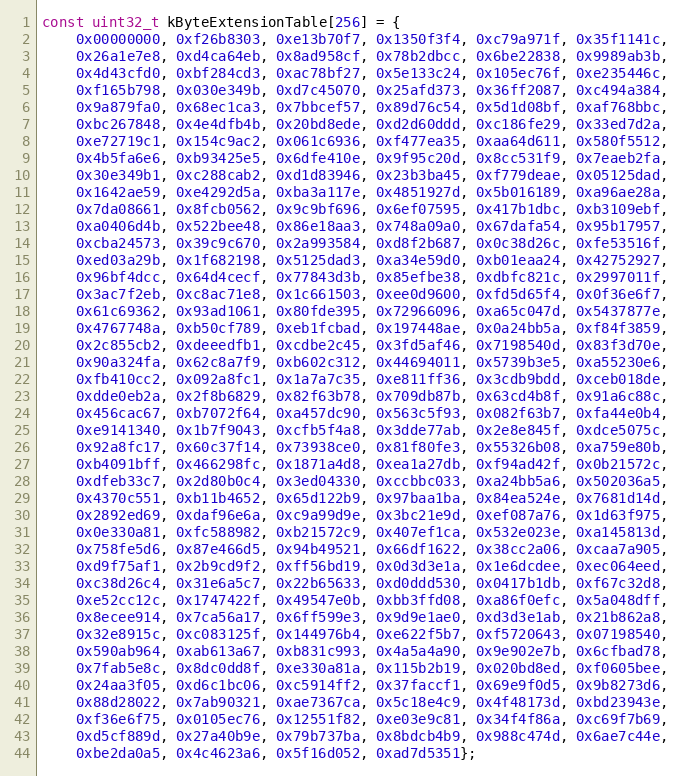
Language: C++
const uint32_t kByteExtensionTable[256] = {
    0x00000000, 0xf26b8303, 0xe13b70f7, 0x1350f3f4, 0xc79a971f, 0x35f1141c,
    0x26a1e7e8, 0xd4ca64eb, 0x8ad958cf, 0x78b2dbcc, 0x6be22838, 0x9989ab3b,
    0x4d43cfd0, 0xbf284cd3, 0xac78bf27, 0x5e133c24, 0x105ec76f, 0xe235446c,
    0xf165b798, 0x030e349b, 0xd7c45070, 0x25afd373, 0x36ff2087, 0xc494a384,
    0x9a879fa0, 0x68ec1ca3, 0x7bbcef57, 0x89d76c54, 0x5d1d08bf, 0xaf768bbc,
    0xbc267848, 0x4e4dfb4b, 0x20bd8ede, 0xd2d60ddd, 0xc186fe29, 0x33ed7d2a,
    0xe72719c1, 0x154c9ac2, 0x061c6936, 0xf477ea35, 0xaa64d611, 0x580f5512,
    0x4b5fa6e6, 0xb93425e5, 0x6dfe410e, 0x9f95c20d, 0x8cc531f9, 0x7eaeb2fa,
    0x30e349b1, 0xc288cab2, 0xd1d83946, 0x23b3ba45, 0xf779deae, 0x05125dad,
    0x1642ae59, 0xe4292d5a, 0xba3a117e, 0x4851927d, 0x5b016189, 0xa96ae28a,
    0x7da08661, 0x8fcb0562, 0x9c9bf696, 0x6ef07595, 0x417b1dbc, 0xb3109ebf,
    0xa0406d4b, 0x522bee48, 0x86e18aa3, 0x748a09a0, 0x67dafa54, 0x95b17957,
    0xcba24573, 0x39c9c670, 0x2a993584, 0xd8f2b687, 0x0c38d26c, 0xfe53516f,
    0xed03a29b, 0x1f682198, 0x5125dad3, 0xa34e59d0, 0xb01eaa24, 0x42752927,
    0x96bf4dcc, 0x64d4cecf, 0x77843d3b, 0x85efbe38, 0xdbfc821c, 0x2997011f,
    0x3ac7f2eb, 0xc8ac71e8, 0x1c661503, 0xee0d9600, 0xfd5d65f4, 0x0f36e6f7,
    0x61c69362, 0x93ad1061, 0x80fde395, 0x72966096, 0xa65c047d, 0x5437877e,
    0x4767748a, 0xb50cf789, 0xeb1fcbad, 0x197448ae, 0x0a24bb5a, 0xf84f3859,
    0x2c855cb2, 0xdeeedfb1, 0xcdbe2c45, 0x3fd5af46, 0x7198540d, 0x83f3d70e,
    0x90a324fa, 0x62c8a7f9, 0xb602c312, 0x44694011, 0x5739b3e5, 0xa55230e6,
    0xfb410cc2, 0x092a8fc1, 0x1a7a7c35, 0xe811ff36, 0x3cdb9bdd, 0xceb018de,
    0xdde0eb2a, 0x2f8b6829, 0x82f63b78, 0x709db87b, 0x63cd4b8f, 0x91a6c88c,
    0x456cac67, 0xb7072f64, 0xa457dc90, 0x563c5f93, 0x082f63b7, 0xfa44e0b4,
    0xe9141340, 0x1b7f9043, 0xcfb5f4a8, 0x3dde77ab, 0x2e8e845f, 0xdce5075c,
    0x92a8fc17, 0x60c37f14, 0x73938ce0, 0x81f80fe3, 0x55326b08, 0xa759e80b,
    0xb4091bff, 0x466298fc, 0x1871a4d8, 0xea1a27db, 0xf94ad42f, 0x0b21572c,
    0xdfeb33c7, 0x2d80b0c4, 0x3ed04330, 0xccbbc033, 0xa24bb5a6, 0x502036a5,
    0x4370c551, 0xb11b4652, 0x65d122b9, 0x97baa1ba, 0x84ea524e, 0x7681d14d,
    0x2892ed69, 0xdaf96e6a, 0xc9a99d9e, 0x3bc21e9d, 0xef087a76, 0x1d63f975,
    0x0e330a81, 0xfc588982, 0xb21572c9, 0x407ef1ca, 0x532e023e, 0xa145813d,
    0x758fe5d6, 0x87e466d5, 0x94b49521, 0x66df1622, 0x38cc2a06, 0xcaa7a905,
    0xd9f75af1, 0x2b9cd9f2, 0xff56bd19, 0x0d3d3e1a, 0x1e6dcdee, 0xec064eed,
    0xc38d26c4, 0x31e6a5c7, 0x22b65633, 0xd0ddd530, 0x0417b1db, 0xf67c32d8,
    0xe52cc12c, 0x1747422f, 0x49547e0b, 0xbb3ffd08, 0xa86f0efc, 0x5a048dff,
    0x8ecee914, 0x7ca56a17, 0x6ff599e3, 0x9d9e1ae0, 0xd3d3e1ab, 0x21b862a8,
    0x32e8915c, 0xc083125f, 0x144976b4, 0xe622f5b7, 0xf5720643, 0x07198540,
    0x590ab964, 0xab613a67, 0xb831c993, 0x4a5a4a90, 0x9e902e7b, 0x6cfbad78,
    0x7fab5e8c, 0x8dc0dd8f, 0xe330a81a, 0x115b2b19, 0x020bd8ed, 0xf0605bee,
    0x24aa3f05, 0xd6c1bc06, 0xc5914ff2, 0x37faccf1, 0x69e9f0d5, 0x9b8273d6,
    0x88d28022, 0x7ab90321, 0xae7367ca, 0x5c18e4c9, 0x4f48173d, 0xbd23943e,
    0xf36e6f75, 0x0105ec76, 0x12551f82, 0xe03e9c81, 0x34f4f86a, 0xc69f7b69,
    0xd5cf889d, 0x27a40b9e, 0x79b737ba, 0x8bdcb4b9, 0x988c474d, 0x6ae7c44e,
    0xbe2da0a5, 0x4c4623a6, 0x5f16d052, 0xad7d5351};